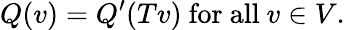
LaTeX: Q(v)=Q^{\prime}(Tv){\mathrm{~for~all~}}v\in V.